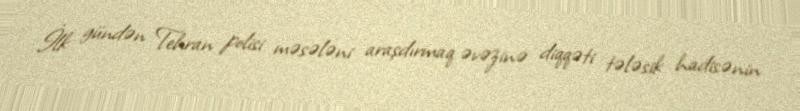
İlk gündən Tehran polisi məsələni araşdırmaq əvəzinə diqqəti tələsik hadisənin